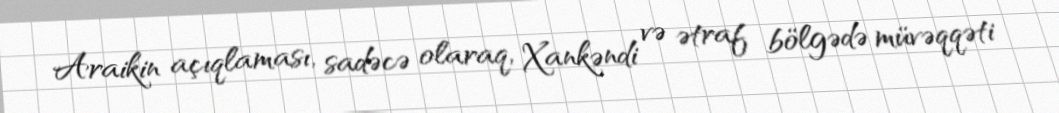
Araikin açıqlaması, sadəcə olaraq, Xankəndi və ətraf bölgədə müvəqqəti